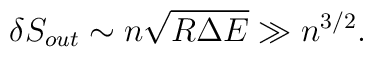
\delta S_{out} \sim n \sqrt{R \Delta E} \gg n^{3/2}.